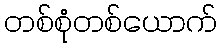
တစ်စုံတစ်ယောက်